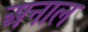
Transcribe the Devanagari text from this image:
अनाल